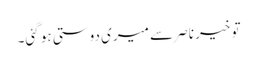
تو خیر ناصر سے میری دوستی ہو گئی۔